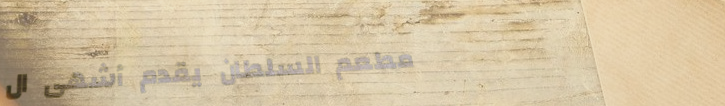
مطعم السلطان يقدم أشهى ال